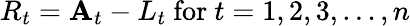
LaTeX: R_{t}=\mathbf{A}_{t}-L_{t}{\mathrm{{~for~}}}t=1,2,3,\ldots,n